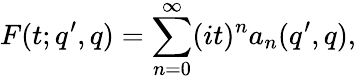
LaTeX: F(t;q^{\prime},q)=\sum_{n=0}^{\infty}(it)^{n}a_{n}(q^{\prime},q),